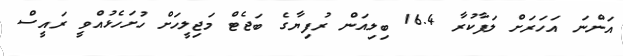
އަންނަ އަހަރަށް ލަފާކުރާ 16.4 ބިލިއަން ރުފިޔާގެ ބަޖެޓް މަޖިލީހަށް ހުށަހެޅުއްވީ ރައީސް